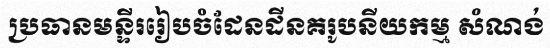
ប្រធានមន្ទីររៀបចំដែនដីនគរូបនីយកម្ម សំណង់